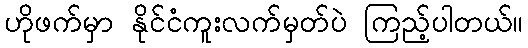
ဟိုဖက်မှာ နိုင်ငံကူးလက်မှတ်ပဲ ကြည့်ပါတယ်။